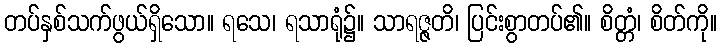
တပ်နှစ်သက်ဖွယ်ရှိသော။ ရသေ၊ ရသာရုံ၌။ သာရဇ္ဇတိ၊ ပြင်းစွာတပ်၏။ စိတ္တံ၊ စိတ်ကို။